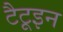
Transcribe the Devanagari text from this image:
टैटूइन